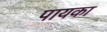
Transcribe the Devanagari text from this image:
पायका